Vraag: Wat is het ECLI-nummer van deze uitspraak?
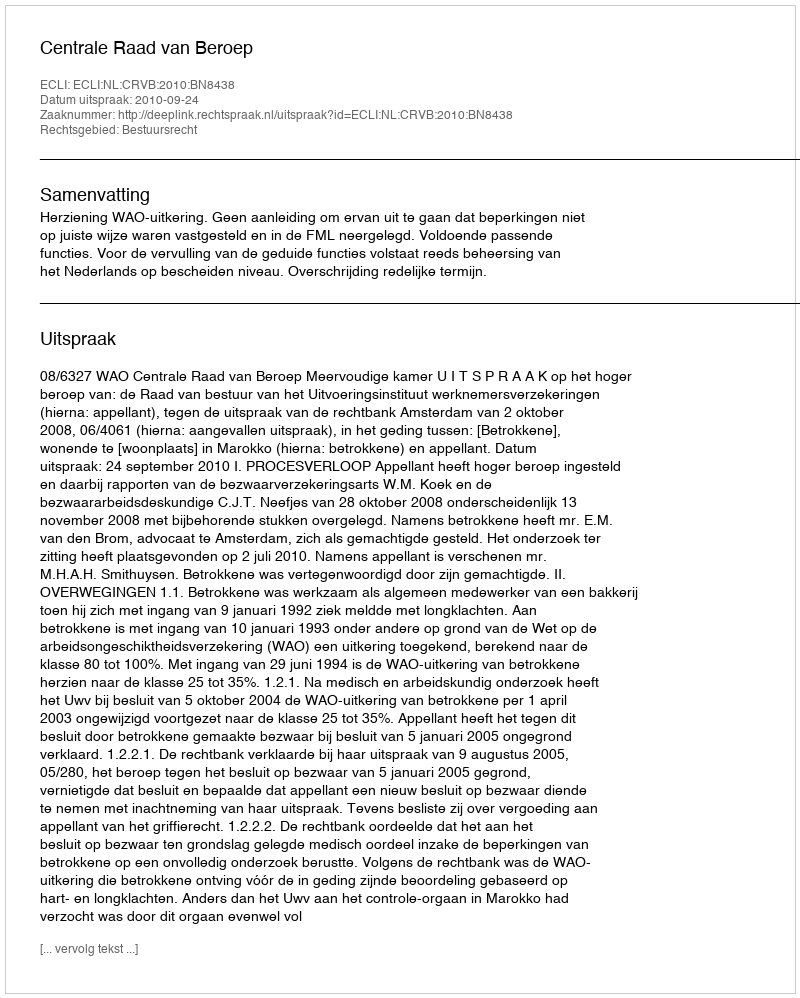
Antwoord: ECLI:NL:CRVB:2010:BN8438